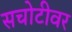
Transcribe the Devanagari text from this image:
सचोटीवर